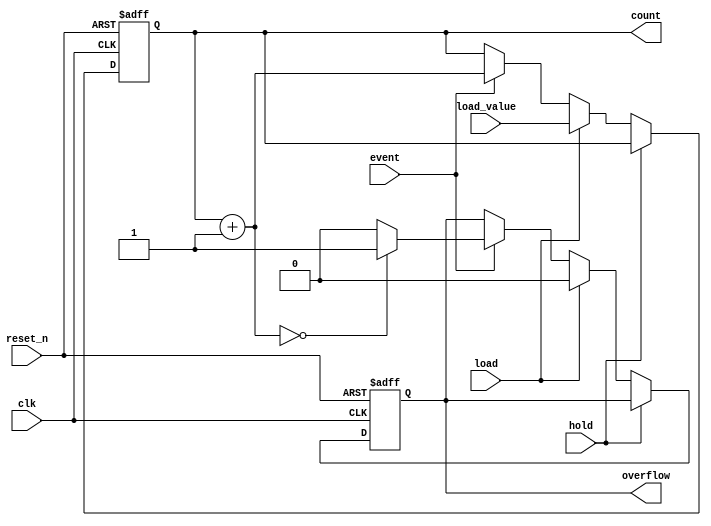
module EventCounter #(
    parameter COUNTER_WIDTH = 8,  // Define the width of the counter
    parameter MEMORY_WIDTH = 8     // Define the width of the memory block
)(
    input wire clk,                // Clock signal
    input wire reset_n,            // Asynchronous active-low reset
    input wire hold,               // Hold signal
    input wire load,               // Load signal
    input wire event,              // Event input signal (e.g., clock pulse)
    input wire [MEMORY_WIDTH-1:0] load_value, // Value to load into the counter
    output reg [COUNTER_WIDTH-1:0] count, // Current count value
    output reg overflow            // Overflow flag
);

    // Internal signal to detect overflow
    reg [COUNTER_WIDTH-1:0] next_count;

    // Asynchronous reset and counter logic
    always @(posedge clk or negedge reset_n) begin
        if (!reset_n) begin
            count <= 0;          // Reset counter to zero
            overflow <= 0;       // Clear overflow flag
        end else if (hold) begin
            // Do nothing, hold the current count
            count <= count;
        end else if (load) begin
            count <= load_value; // Load the specified value into the counter
            overflow <= 0;       // Clear overflow flag
        end else if (event) begin
            // Increment the counter
            next_count = count + 1;
            if (next_count == 0) begin
                overflow <= 1;   // Set overflow flag if counter wraps around
            end else begin
                overflow <= 0;   // Clear overflow flag
            end
            count <= next_count; // Update the count
        end
    end

endmodule